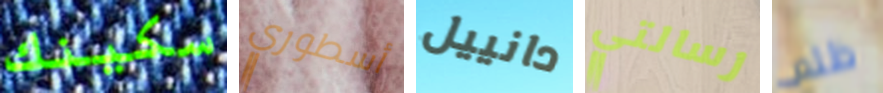
سكينك أسطوري دانييل رسالتي ظلم